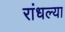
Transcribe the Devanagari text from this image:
रांधल्या